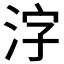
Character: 𬇤